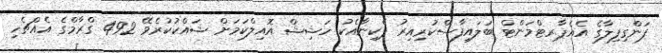
ފަންގިފިލާގެ އެއެޕާރޓްމަންޓް ބަލައިފާސްކުރިއިރު ޕެކިނާއެކު ހަޝިޝް އޮއިލްކަމަށް ޝައްކުކުރެވޭ 492 ގްރާމްގެ އެއްޗެހި